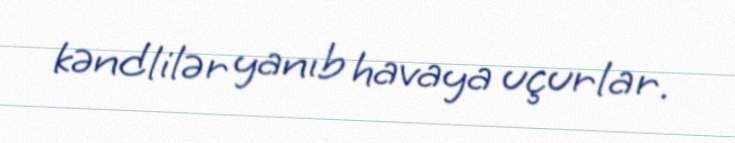
kəndlilər yanıb havaya uçurlar.